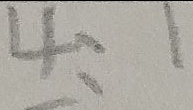
4 : 1